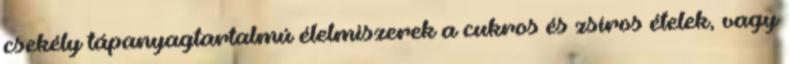
csekély tápanyagtartalmú élelmiszerek a cukros és zsíros ételek, vagy